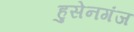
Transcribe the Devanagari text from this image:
हुसेनगंज